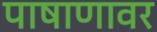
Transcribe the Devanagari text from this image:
पाषाणावर